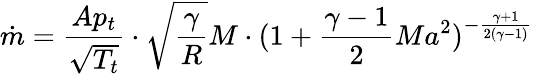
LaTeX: {\dot{m}}={\frac{Ap_{t}}{\sqrt{T_{t}}}}\cdot{\sqrt{\frac{\gamma}{R}}}M\cdot(1+{\frac{\gamma-1}{2}}Ma^{2})^{-{\frac{\gamma+1}{2(\gamma-1)}}}